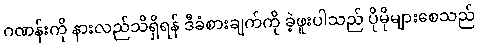
ဂဏန်းကို နားလည်သိရှိရန် ဒီခံစားချက်ကို ခဲ့ဖူးပါသည် ပိုမိုများစေသည်